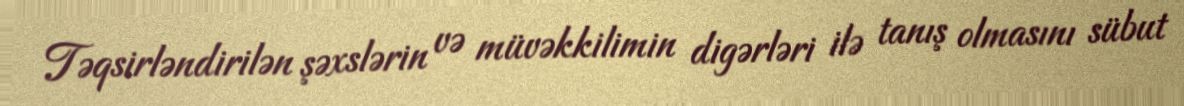
Təqsirləndirilən şəxslərin və müvəkkilimin digərləri ilə tanış olmasını sübut